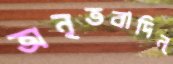
অনৃতবাদিন্